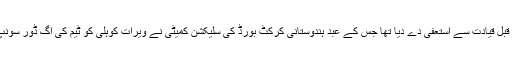
ہندوستان کی ٹی20 اور ایک روزہ ٹیم کے کپتان مہندرا نسگھ دھونی نے ایک روز قبل قیادت سے استعفیٰ دے دیا تھا جس کے عبد ہندوستانی کرکٹ بورڈ کی سلیکشن کمیٹی نے ویرات کوہلی کو ٹیم کی اگ ڈور سونپ دی ہے جو ٹیسٹ ٹیم کی ذمے داریاں بھی احسن طریقے سے انجام دے رہے ہیں۔